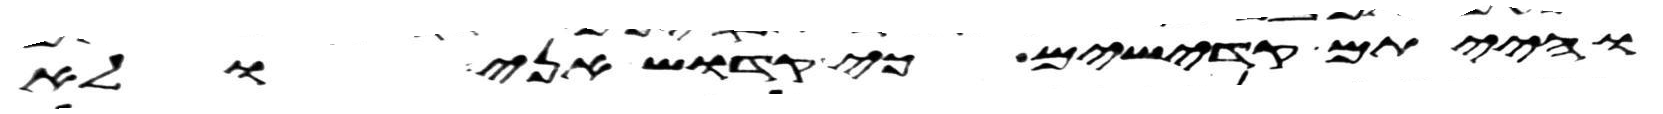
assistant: והייתם קדישים כי קדוש אני ולא